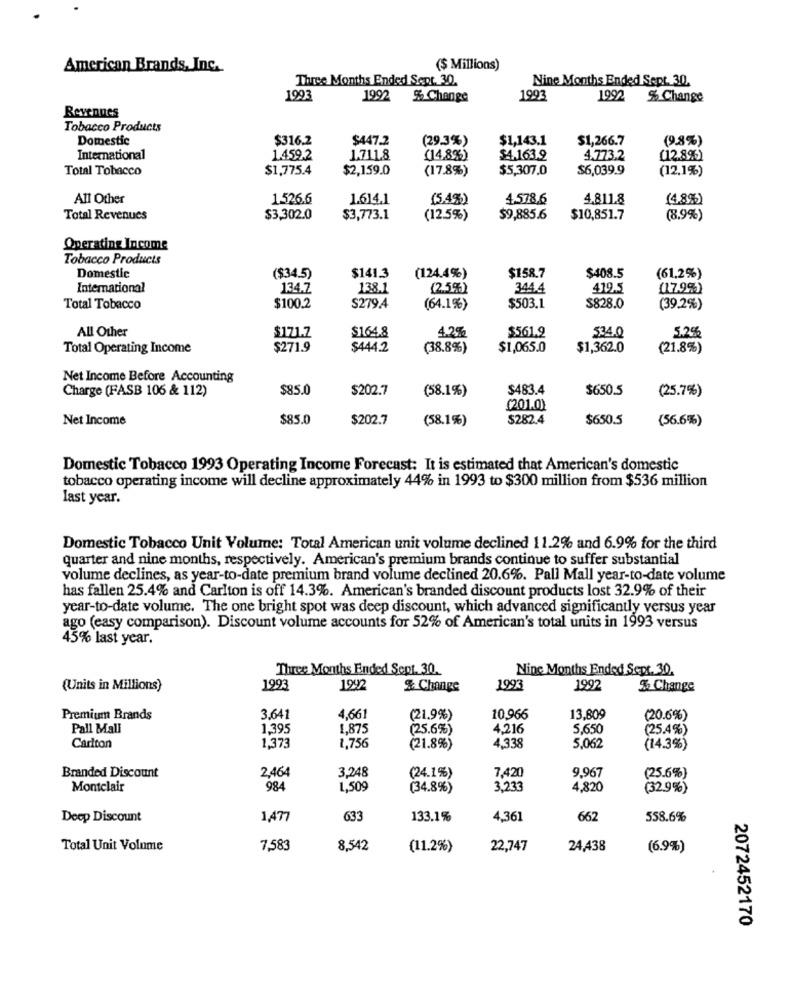
American Brands, Inc.
($ Millions)
Three Months Ended Sept. 30.
Nine Months Ended Sept. 30.
1993
1992 % Change
1993
1992 % Change
Revennes
Tobacco Products
Domestic
$316.2
$447.2
(29.3%)
$1,143.1
$1,266.7
(9.8%)
International
1.459.2
1.711.8
(14,8%)
$4.163.9
4.773.2
[12.8%)
Total Tobacco
$1,775.4
$2,159.0
(17.8%)
$5,307.0
$6,039.9
(12.1%)
All Other
1.526.6
1.614.1
(5.4%)
4.578,6
4.811.8
(4,8%)
Total Revenues
$3,302.0
$3,773.1
(12.5%)
$9,885.6
$10,851.7
(8.9%)
Operating Income
Tobacco Products
Domestic
($34.5)
$141.3
(124.4%)
$158.7
$408.5
(61,2%)
International
134.7
138.1
(2.5%)
344.4
419.5
(17.9%)
Total Tobacco
$100.2
S279.4
(64.1%)
$503.1
$828.0
(39.2%)
All Other
$164.8
$171.7
4.2%
$561.9
5.2%
Total Operating Income
$271.9
$444.2
(38.8%)
$1,065.0
$1,362.0
(21.8%)
Net Income Before Accounting
Charge (FASB 106 & 112)
$85.0
$202.7
(58.1%)
$483.4
$650.5
(25.7%)
(201.0)
Net Income
$85.0
$202.7
(58.1%)
$282.4
$650.5
(56.6%)
Domestic Tobacco 1993 Operating Income Forecast: It is estimated that American's domestic
tobacco operating income will decline approximately 44% in 1993 to $300 million from $536 million
last year.
Domestic Tobacco Unit Volume: Total American unit volume declined 11.2% and 6.9% for the third
quarter and nine months, respectively. American's premium brands continue to suffer substantial
volume declines, as year-to-date premium brand volume declined 20.6%. Pall Mall year-to-date volume
has fallen 25.4% and Carlton is off 14.3%. American's branded discount products lost 32.9% of their
year-to-date volume. The one bright spot was deep discount, which advanced significantly versus year
ago (easy comparison). Discount volume accounts for 52% of American's total units in 1993 versus
45% last year.
Three Months Ended Sept. 30.
Nine Months Ended Sept. 30.
(Units in Millions)
1993
1997
% Change
1993
1992
% Change
Premium Brands
3.641
4,661
(21.9%)
10.966
13.809
(20.6%)
Pall Mall
1,395
1,875
(25.6%)
4,216
5,650
(25.4%)
1,373
4,338
Carlton
1,756
(21.8%
5,062
(14.3%)
Branded Discount
2.464
3,248
7,420
(25.6%)
(24.1%)
9,967
Montclair
984
1,509
(34.8%)
3,233
4,820
(32.9%)
Deep Discount
1,477
633
133.1%
4,361
662
558.6%
Total Unit Volume
7,583
8,542
(11.2%)
22,747
24,438
(6.9%)
2072452170